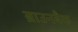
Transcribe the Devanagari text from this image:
ब्राउनबैक